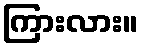
ကြားလား။